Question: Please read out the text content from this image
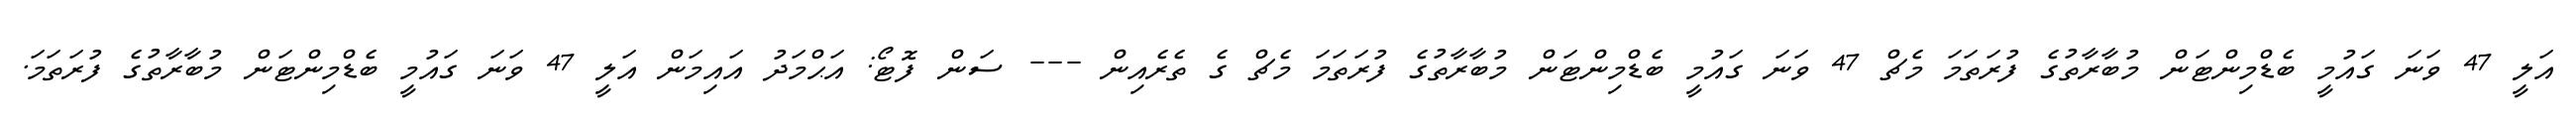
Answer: އަލީ 47 ވަނަ ގައުމީ ބެޑްމިންޓަން މުބާރާތުގެ ފުރަތަމަ މެޗް 47 ވަނަ ގައުމީ ބެޑްމިންޓަން މުބާރާތުގެ ފުރަތަމަ މެޗް ގެ ތެރެއިން --- ސަން ފޮޓޯ: އަޙްމަދު އައިމަން އަލީ 47 ވަނަ ގައުމީ ބެޑްމިންޓަން މުބާރާތުގެ ފުރަތަމަ.